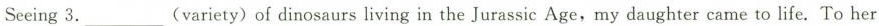
Seeing 3.___ (variety) of dinosaurs living in the Jurassic Age,my daughter came to life. To her